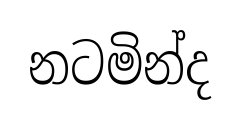
නටමින්ද